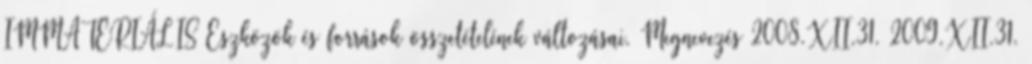
IMMATERIÁLIS Eszközök és források összetételének változásai. Megnevezés 2008.XII.31. 2009.XII.31.